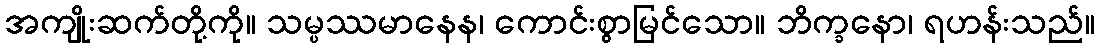
အကျိုးဆက်တို့ကို။ သမ္ပဿမာနေန၊ ကောင်းစွာမြင်သော။ ဘိက္ခနော၊ ရဟန်းသည်။